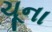
ચૂના